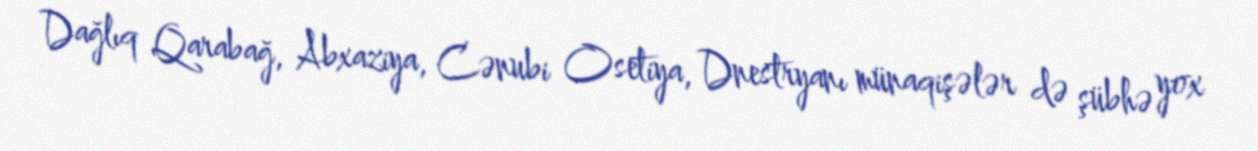
Dağlıq Qarabağ, Abxaziya, Cənubi Osetiya, Dnestryanı münaqişələr də şübhə yox